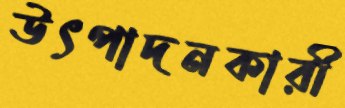
উৎপাদনকারী